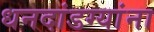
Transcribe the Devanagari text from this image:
धनदांडग्यांना